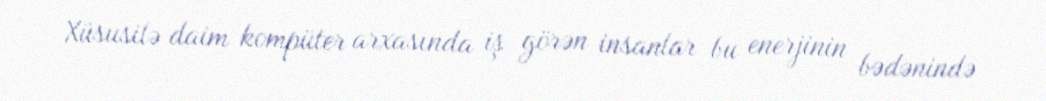
Xüsusilə daim kompüter arxasında iş görən insanlar bu enerjinin bədənində